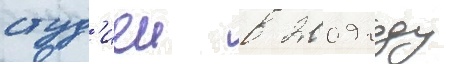
студ'иеи в 2009 году